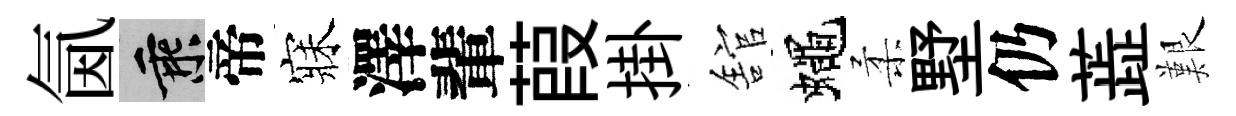
氤乘帝寐澤輩葭掛舘蠅柔墅仍蕋艱